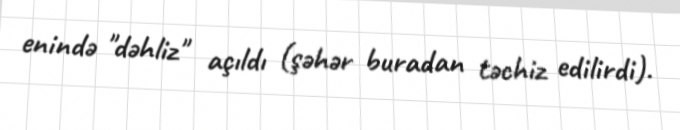
enində "dəhliz" açıldı (şəhər buradan təchiz edilirdi).